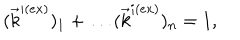
( \vec { k } ^ { i ( e x ) } ) _ { 1 } + \ldots ( \vec { k } ^ { i ( e x ) } ) _ { n } = 1 ,